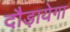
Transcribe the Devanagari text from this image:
दौड़ायेगा